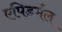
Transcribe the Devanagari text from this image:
एपिडर्मल